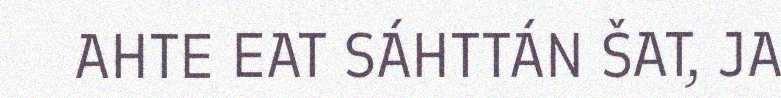
AHTE EAT SÁHTTÁN ŠAT, JA